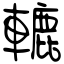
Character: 轆